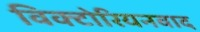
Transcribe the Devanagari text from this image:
विक्टोरियनवाद